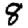
Digit: 8